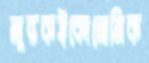
লুব্ধকইকোনোমিক